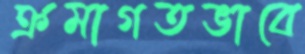
ক্রমাগতভাবে